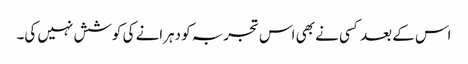
اس کے بعد کسی نے بھی اس تجربہ کو دہرانے کی کوشش نہیں کی۔